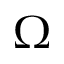
\Omega